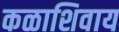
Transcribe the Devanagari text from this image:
कळाशिवाय